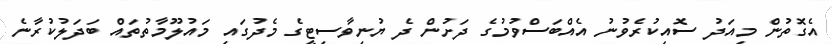
އެގޮތުން މިއަދު ސޮއިކުރެވުނު އެއްބަސްވުމުގެ ދަށުން ދެ ޔުނިވާސިޓީގެެ މެދުގައި މައުލޫމާތުތައް ބަދަލުކުރާނެ